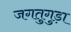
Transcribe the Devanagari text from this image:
जगतुगुड़ा